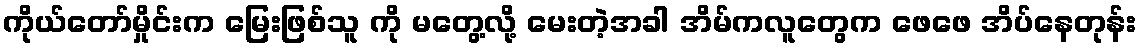
ကိုယ်တော်မှိုင်းက မြေးဖြစ်သူ ကို မတွေ့လို့ မေးတဲ့အခါ အိမ်ကလူတွေက ဖေဖေ အိပ်နေတုန်း